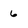
Character: 6